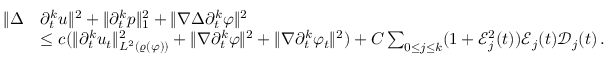
\begin{array} { r l } { \| \Delta } & { \partial _ { t } ^ { k } u \| ^ { 2 } + \| \partial _ { t } ^ { k } p \| _ { 1 } ^ { 2 } + \| \nabla \Delta \partial _ { t } ^ { k } \varphi \| ^ { 2 } } \\ & { \leq c ( \| \partial _ { t } ^ { k } u _ { t } \| _ { L ^ { 2 } ( \varrho ( \varphi ) ) } ^ { 2 } + \| \nabla \partial _ { t } ^ { k } \varphi \| ^ { 2 } + \| \nabla \partial _ { t } ^ { k } \varphi _ { t } \| ^ { 2 } ) + C \sum _ { 0 \leq j \leq k } ( 1 + \mathcal { E } _ { j } ^ { 2 } ( t ) ) \mathcal { E } _ { j } ( t ) \mathcal { D } _ { j } ( t ) \, . } \end{array}